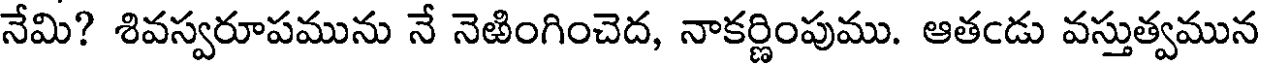
నేమి? శివస్వరూపమును నే నెఱింగించెద, నాకర్ణింపుము. ఆతఁడు వస్తుత్వమున